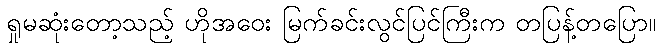
ရှုမဆုံးတော့သည့် ဟိုအဝေး မြက်ခင်းလွင်ပြင်ကြီးက တပြန့်တပြော။